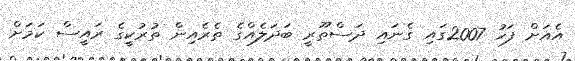
އެއަށް ފަހު 2007ގައި ގެނައި ދަސްތޫރީ ބަދަލެއްގެ ތެރެއިން ތުރުކީގެ ރައީސް ކަމަށް